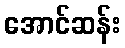
အောင်ဆန်း